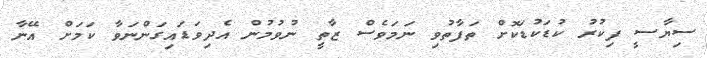
ސިޔާސީ ފިކުރު ކުޑަކުޑަކޮށް ތަފާތުވި ނަމަވެސް ޒާތީ ނުވުމުން އެދިވަޑައިގަންނަވާ ކަމަށް އޭނާ